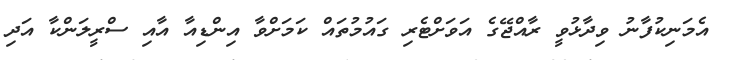
އެމަނިކުފާނު ވިދާޅުވީ ރާއްޖޭގެ އަވަށްޓެރި ގައުމުތައް ކަމަށްވާ އިންޑިއާ އާއި ސްރީލަންކާ އަދި